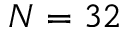
N = 3 2